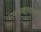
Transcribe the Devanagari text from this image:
राजवाड्यासारखी